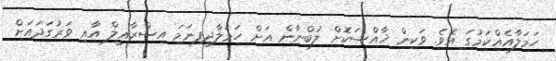
ހަމަލާއެއްކަމުގަ އެވެ. ވަކިން ޚާއްޞަކޮށް ލުބްނާން އަށް ހަމަލާދީފިނަމަ އިސްރާޢީލް އާއި ވަރުގަދައަށް